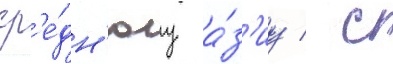
ср'е́дн'юу а́з'иу / с